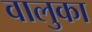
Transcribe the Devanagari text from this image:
वालुका